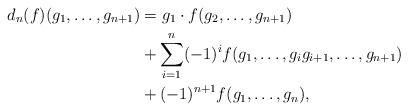
LaTeX: \begin{align*}d_n (f)(g_1, \ldots , g_{n+1}) & = g_1 \cdot f(g_2, \ldots, g_{n+1})\\& + \sum_{i=1}^n (-1)^i f(g_1, \ldots, g_i g_{i+1}, \ldots, g_{n+1})\\& + (-1)^{n+1}f(g_1,\ldots,g_n),\end{align*}